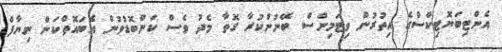
އެންޓިބަޔޮޓިކްސްގެ އިތުރުން ވިޓަމިންސް ބޭނުންކުރާ ގޮތާ މެދު ވެސް ކަންބޮޑުވުން އެބައޮތްކަން ނިޔާފް